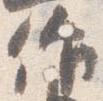
作